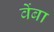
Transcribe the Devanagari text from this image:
वेंबा